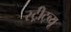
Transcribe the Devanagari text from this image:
स्ट्रीट्व्यू